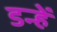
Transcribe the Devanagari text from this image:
डन्हें